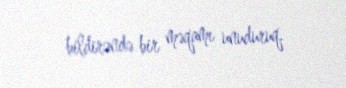
bildirəndə bir məqamı unuduruq.